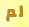
لم